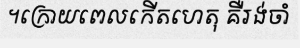
។ក្រោយពេលកើតហេតុ គឺរង់ចាំ